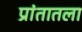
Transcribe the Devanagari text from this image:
प्रांतातला